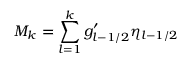
M _ { k } = \sum _ { l = 1 } ^ { k } g _ { l - 1 / 2 } ^ { \prime } \eta _ { l - 1 / 2 }